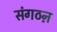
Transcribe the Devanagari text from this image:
संगठऩ